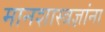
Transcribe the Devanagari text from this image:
मानशास्त्रज्ञांना